Indian journal of veterinary science and animal husbandry - Volume 11,
Year: 1941
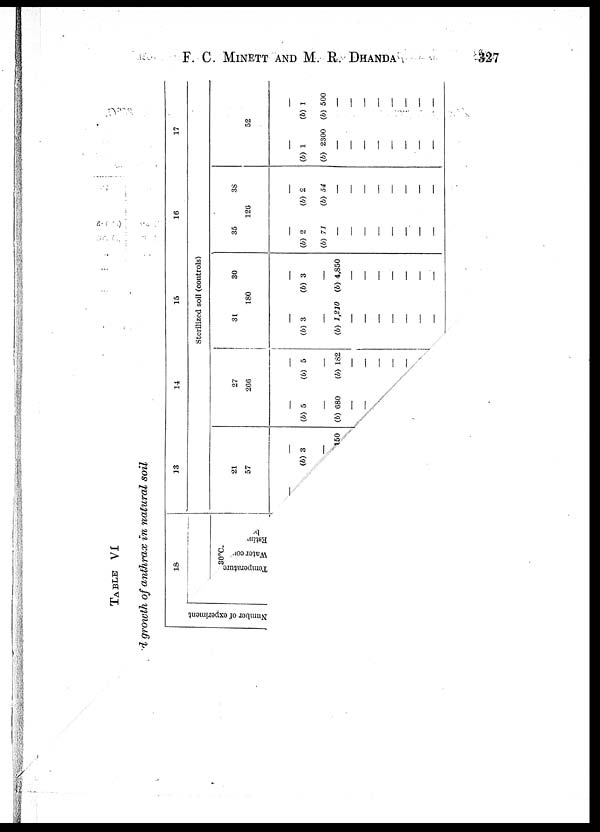
F. C. MINETT AND M.
R.
DHANDA
327
TABLE VI
d growth of anthrax in natural soil
Nu mb e r of experiment
18
30ºC
Temperature
Water content
Estimated
per cent
13
21
57
— —
(b) 3
—
150
14
27
266
—
(b) 5
—
(b) 680
—
—
—
(b) 5
—
(b) 182
—
—
—
—
—
15
Sterilized soil (controls)
31
30
180
—
(b) 3
—
(b) 1,210
—
—
—
—
—
—
—
—
(b) 3
—
(b) 4,850
—
—
—
—
—
—
—
16
35
38
126
—
(b) 2
(b) 71
—
—
—
—
—
—
—
—
—
(b) 2
(b) 54
—
—
—
—
—
—
—
—
17
52
—
(b) 1
(b) 2300
—
—
—
—
—
—
—
—
—
(b) 1
(b) 500
—
—
—
—
—
—
—
—